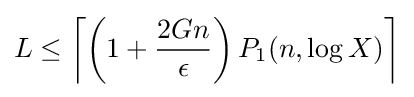
L\leq \left\lceil \left(1+{\frac {2Gn}{\epsilon }}\right)P_{1}(n,\log {X})\right\rceil